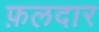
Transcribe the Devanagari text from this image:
फ़लदार